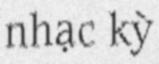
nhạc kỳ